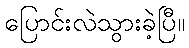
ပြောင်းလဲသွားခဲ့ပြီ။